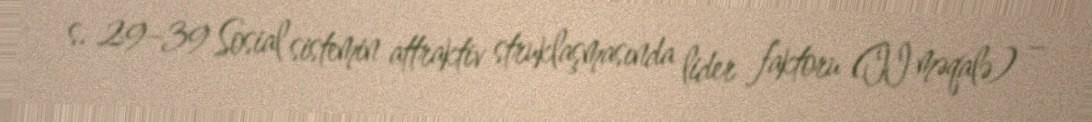
s. 29–39 Sosial sistemin attraktiv struklaşmasında lider faktoru (II məqalə) –